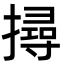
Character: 撏